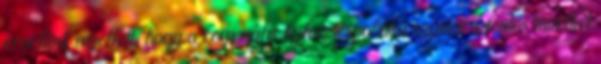
érvelünk amellett, hogy a regionális fejlesztéspolitika számára fontos mindkét